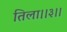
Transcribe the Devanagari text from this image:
तिला।।३।।